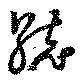
統